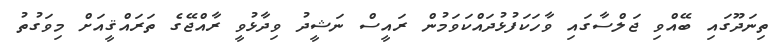
ތިނަދޫގައި ބޭއްވި ޖަލްސާގައި ވާހަކަފުޅުދައްކަވަމުން ރައީސް ނަޝީދު ވިދާޅުވީ ރާއްޖޭގެ ތަރައްޤީއަށް މިވަގުތު